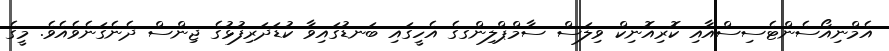
އެމްނިއޯސެންޓެސިސްއާއި ކޮރިއޮނިކް ވިލަސް ސާމްޕްލިންގގެ އެހީގައި ބަނޑުގައިވާ ކުޑަދަރިފުޅުގެ ޖިންސް ދެނެގަނެވެއެވެ. މީގެ